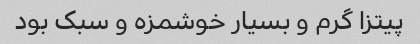
پیتزا گرم و بسیار خوشمزه و سبک بود